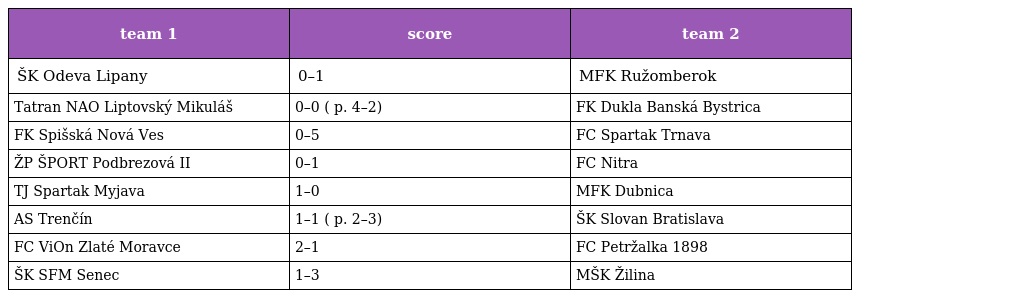
| team 1 | score | team 2 |
 | --- | --- | --- |
 | ŠK Odeva Lipany | 0–1 | MFK Ružomberok |
 | Tatran NAO Liptovský Mikuláš | 0–0 ( p. 4–2) | FK Dukla Banská Bystrica |
 | FK Spišská Nová Ves | 0–5 | FC Spartak Trnava |
 | ŽP ŠPORT Podbrezová II | 0–1 | FC Nitra |
 | TJ Spartak Myjava | 1–0 | MFK Dubnica |
 | AS Trenčín | 1–1 ( p. 2–3) | ŠK Slovan Bratislava |
 | FC ViOn Zlaté Moravce | 2–1 | FC Petržalka 1898 |
 | ŠK SFM Senec | 1–3 | MŠK Žilina |